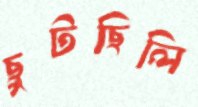
ছুটছিলি